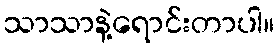
သာသာနဲ့ရောင်းတာပါ။